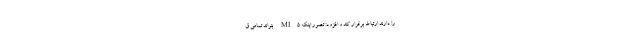
را دارند ارتباط برقرار کند و افزود: تصور اینکه MI5 بتواند تمامی ق